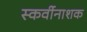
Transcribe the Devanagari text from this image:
स्कर्वीनाशक